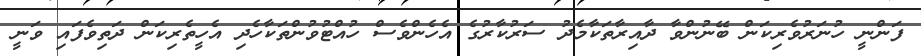
ފަންނީ ހުނަރުވެރިކަން ބޭނުންވާ ދާއިރާތަކާމެދު ސަރުކާރުގެ އެހެންވެސް ހުއްޓުވުންތަކާހެދި އެހީތެރިކަން ދަތިވެފައި ވަނީ